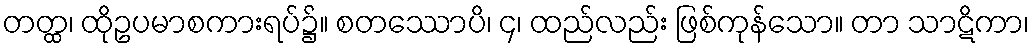
တတ္ထ၊ ထိုဥပမာစကားရပ်၌။ စတဿောပိ၊ ၄၊ ထည်လည်း ဖြစ်ကုန်သော။ တာ သာဋိကာ၊